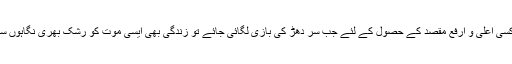
اور پھر یہ کہ کسی اعلیٰ و ارفع مقصد کے حصول کے لئے جب سر دھڑ کی بازی لگائی جائے تو زندگی بھی ایسی موت کو رشک بھری نگاہوں سے دیکھتی ہے۔